Annual report on the working of the lock hospitals in the North-Western Provinces and Oudh
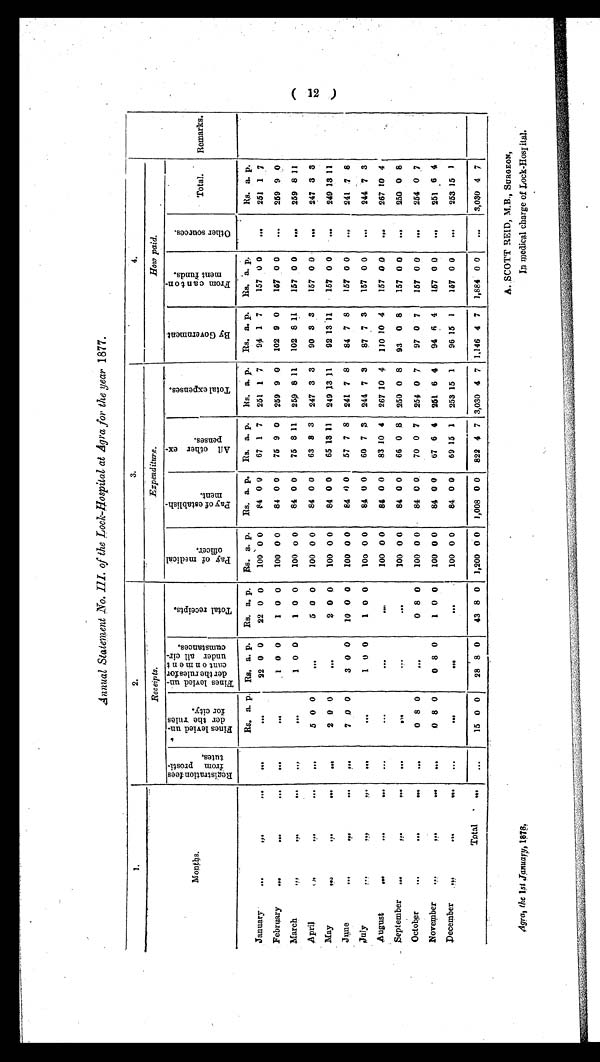
Annual Statement No. III. of the Lock-Hospital at Agra for the year 1877.
1.
2 .
3.
4
Remarks.
Monrhs.
R e c e i p t s .
E x p e n d i t u r e .
How paid.
Re g i s t r a t i o n f e e s
f r om pr ost i -
tutes.
F i n e s l e v i e d u n -
d e r t h e r u l e s
f or c i t y.
Fines levied un-
der the rules for cantonment
under all cir-
cumstances.
T o t a l r e c e i p t s .
P a y o f m e d i c a l
o f f i c e r .
P a y o f e s t a b l i s h -
m e n t .
A l l o t h e r e x -
p e n s e s .
T o t a l e x p e n s e s .
B y G o v e r n m e n t
F r o m c a n t o n -
m e n t f u n d s .
O t h e r s o u r c e s .
Total.
Rs. a. p. Rs. a. p.
Rs. a. p.
Rs. a. p.
Rs. a. p. Rs. a. p. Rs. a. p.
Rs. a. p.
Rs. a. p.
Rs. a. p.
January
...
...
. . .
...
...
22 0 0
22 0 0
100 0 0
84 0 0
67 1 7
251 1 7
94 1 7
157 0 0
...
251 1 7
February
...
. . . . . .
...
. . .
1 0 0
1 0 0
100 0 0
84 0 0
75 9 0
259 9 0
102 9 0
157 0 0
...
259 9 0
March
...
... ...
. . .
. . .
1 0 0
1 0 0
100 0 0
84 0 0
75 8 11
259 8 11
102 8 11
157 0 0
...
259 8 11
April
...
...
...
5 0 0
...
5 0 0
100 0 0
84 0 0
63 8 3
247 3 3
90 3 3
157 0 0
...
247 3 3
May
... ...
. . .
. . .
2 0 0
...
2 0 0
100 0 0
84 0 0
65 13 11
249 13 11
92 13
1 1
157 0 0
...
249 13 11
June
...
...
...
...
7 0 0
3 0 0
10 0 0
100 0 0
84
0 0
57 7 8
241 7 8
84 7 8
157 0 0
. . . 241 7 8
July ... ...
. . .
. . .
. . .
1 0 0
1 0 0
100 0 0
84 0 0
60 7 3 244 7 3
87 7 3
157 0 0
...
244 7 3
A ugust
. . .
. . .
. . .
...
. . .
. . . ...
100 0 0
84 0 0
83 10 4
267 10 4
110 10 4
157 0 0
...
267 10 4
September
. . . . . . . . .
. . .
. . .
. . .
. . .
100 0 0
84 0 0
66 0 8 250 0 8
93 0 8
157 0 0
...
250 0 8
October
...
...
. . .
...
0 8 0
. . .
0 8 0
100 0 0
84 0 0
70 0 7
254 0 7
97 0 7
157 0 0
...
254 0 7
November
...
...
...
. . .
0 8 0
0 8 0
1 0 0
100 0 0
84 0 0
67 6 4
251 6 4
94 6 4
157 0 0
...
251 6 4
December
... ... ...
. . .
. . .
. . .
. . .
100 0 0
84 0 0
69 15 1
253 15 1
96 15 1
157 0 0
...
253 15 1
Total
. . .
...
15 0 0
28 8 0
43 8 0 1,200 0 0 1,008 0 0
822 4 7 3,030 4 7 1,146 4 7 1,884 0 0
...
3,030
4 7
( 12 )
Agra, the 1 st January, 1878,
A. SCOTT REID, M.B., SURGEON,
I n m e d i c a l c h a r g e o f L o c k - H o s p i t a l .